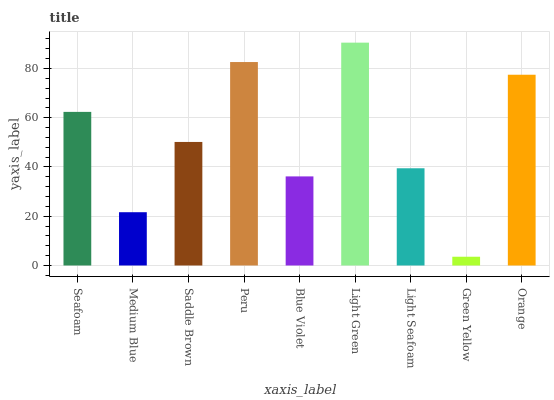
| xaxis_label | bars |
 | --- | --- |
 | Seafoam | 62.4 |
 | Medium Blue | 21.6 |
 | Saddle Brown | 50.2 |
 | Peru | 82.6 |
 | Blue Violet | 36.2 |
 | Light Green | 90.5 |
 | Light Seafoam | 39.5 |
 | Green Yellow | 3.56 |
 | Orange | 77.5 |